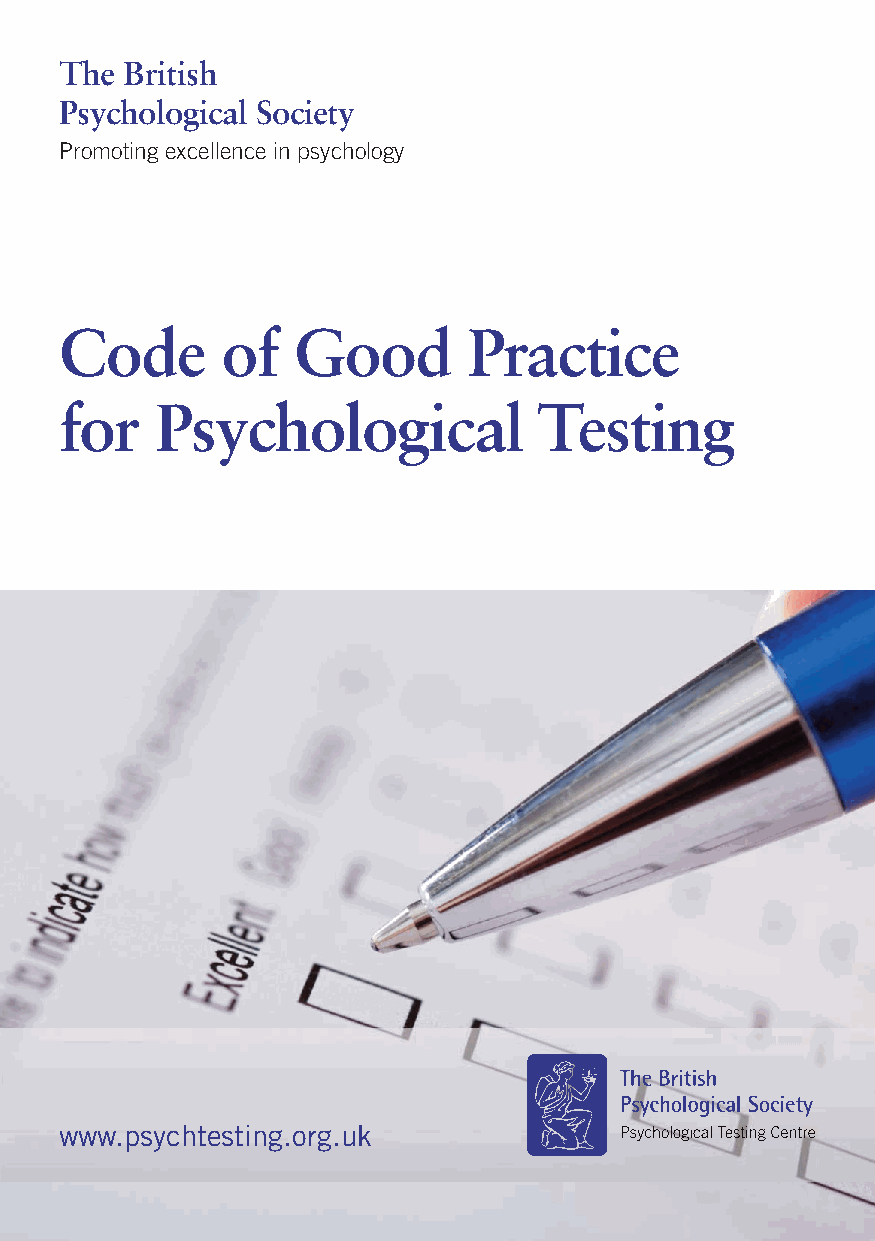
The British
 Psychological Society
 Promoting excellence in psychology
 Code       of  Good        Practice
 for   Psychological             Testing
 www.psychtesting.org.uk